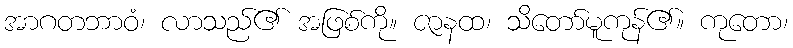
အာဂတဘာဝံ၊ လာသည်၏ အဖြစ်ကို။ ဇာနထ၊ သိတော်မူကုန်၏။ ကုတော၊